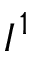
I ^ { 1 }